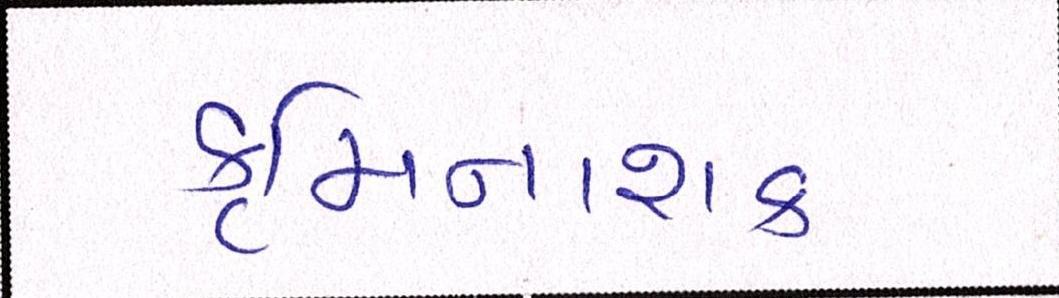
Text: કૃમિનાશક